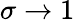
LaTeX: \sigma\to 1